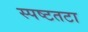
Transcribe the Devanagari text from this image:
स्पष्टतटा